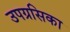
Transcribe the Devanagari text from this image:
उपग्रसिका